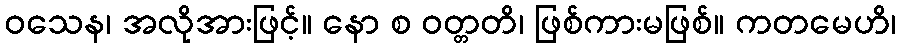
ဝသေန၊ အလိုအားဖြင့်။ နော စ ဝတ္တတိ၊ ဖြစ်ကားမဖြစ်။ ကတမေဟိ၊